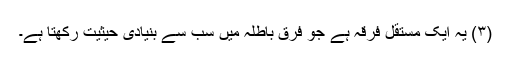
(۳) یہ ایک مستقل فرقہ ہے جو فرقِ باطلہ میں سب سے بنیادی حیثیت رکھتا ہے۔